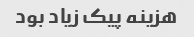
هزینه پیک زیاد بود